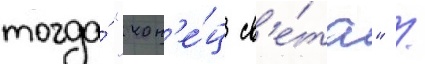
тогда́ "кон'е́ц св'е́та" /